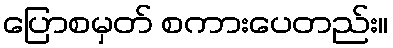
ပြောစမှတ် စကားပေတည်း။